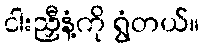
ငါးညှီနံ့ကို ရွံတယ်။